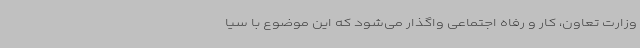
وزارت تعاون، کار و رفاه اجتماعی واگذار می‌شود که این موضوع با سیا